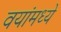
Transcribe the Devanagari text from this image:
वयांमध्ये